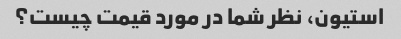
استیون، نظر شما در مورد قیمت چیست؟